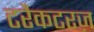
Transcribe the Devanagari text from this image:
टरैकटरज़